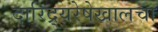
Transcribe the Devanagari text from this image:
दारिद्र्यरेषेखालचा